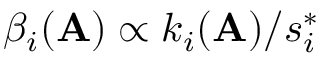
\beta _ { i } ( \mathbf { A } ) \propto k _ { i } ( \mathbf { A } ) / s _ { i } ^ { * }